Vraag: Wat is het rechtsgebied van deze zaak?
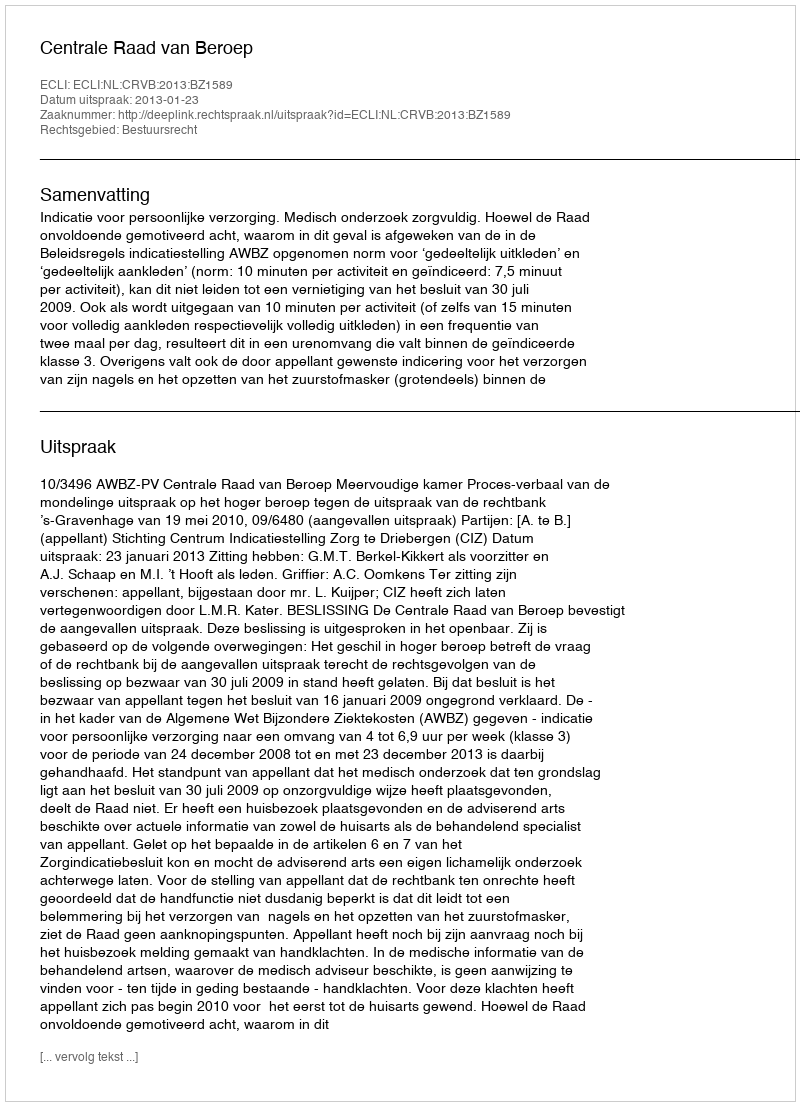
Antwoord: Bestuursrecht